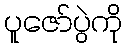
ပူဇော်ပွဲကို